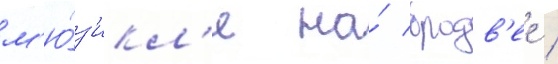
м'ю́з'икл'е на́ бродв'ее /